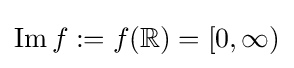
\operatorname {Im} f:=f(\mathbb {R} )=[0,\infty )